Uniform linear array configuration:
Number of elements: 24
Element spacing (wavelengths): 0.25
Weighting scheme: hamming
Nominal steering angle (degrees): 15
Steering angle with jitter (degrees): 13.123
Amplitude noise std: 0.05
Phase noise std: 0.05

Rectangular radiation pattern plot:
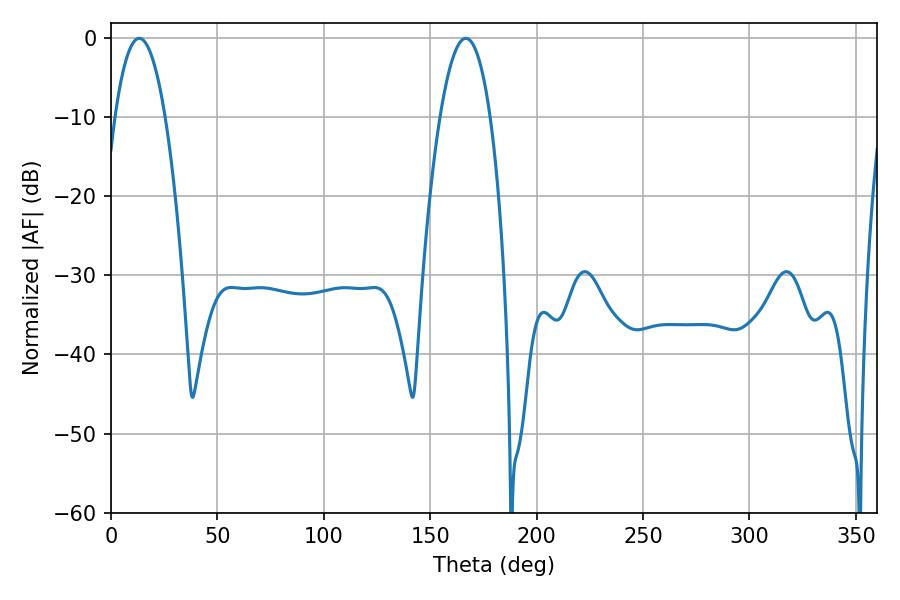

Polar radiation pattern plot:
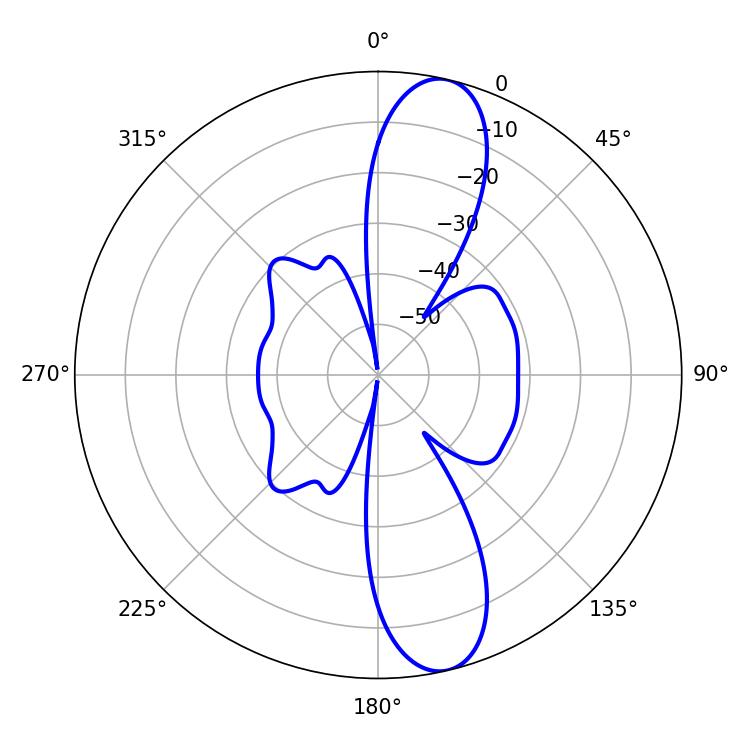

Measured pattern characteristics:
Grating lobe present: FALSE
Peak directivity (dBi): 12.469
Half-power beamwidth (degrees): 13.14
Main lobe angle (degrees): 13.32